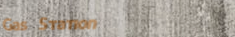
Gas Station